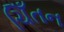
ચિઁતન